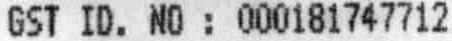
GST ID. NO : 000181747712